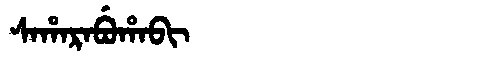
Manchu: ᠰᠠᡥᠠᡵᠠᠪᡠᡥᠠᠪᡳ
Romanization: SAHARABUHABI